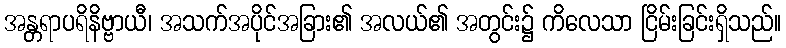
အန္တရာပရိနိဗ္ဗာယီ၊ အသက်အပိုင်အခြား၏ အလယ်၏ အတွင်း၌ ကိလေသာ ငြိမ်းခြင်းရှိသည်။